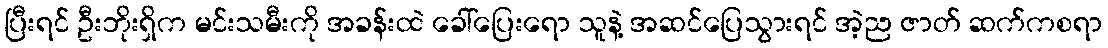
ပြီးရင် ဦးဘိုးရှိက မင်းသမီးကို အခန်းထဲ ခေါ်ပြေးရော သူနဲ့ အဆင်ပြေသွားရင် အဲ့ည ဇာတ် ဆက်ကစရာ